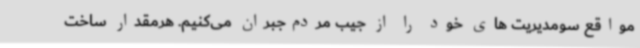
مواقع سومدیریت های خود را از جیب مردم‌جبران می‌کنیم. هرمقدار ساخت